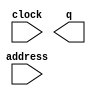
// megafunction wizard: %ROM: 1-PORT%VBB%
// GENERATION: STANDARD
// VERSION: WM1.0
// MODULE: altsyncram 

// ============================================================
// Megafunction Name(s):
// 			altsyncram
//
// Simulation Library Files(s):
// 			altera_mf
// ============================================================
// ************************************************************
// THIS IS A WIZARD-GENERATED FILE. DO NOT EDIT THIS FILE!
//
// 17.0.0 Build 595 04/25/2017 SJ Lite Edition
// ************************************************************

//Copyright (C) 2017  Intel Corporation. All rights reserved.
//Your use of Intel Corporation's design tools, logic functions 
//and other software and tools, and its AMPP partner logic 
//functions, and any output files from any of the foregoing 
//(including device programming or simulation files), and any 
//associated documentation or information are expressly subject 
//to the terms and conditions of the Intel Program License 
//Subscription Agreement, the Intel Quartus Prime License Agreement,
//the Intel MegaCore Function License Agreement, or other 
//applicable license agreement, including, without limitation, 
//that your use is for the sole purpose of programming logic 
//devices manufactured by Intel and sold by Intel or its 
//authorized distributors.  Please refer to the applicable 
//agreement for further details.

module ROM_640x480_No3_1channel (
	address,
	clock,
	q);

	input	[8:0]  address;
	input	  clock;
	output	[639:0]  q;
`ifndef ALTERA_RESERVED_QIS
// synopsys translate_off
`endif
	tri1	  clock;
`ifndef ALTERA_RESERVED_QIS
// synopsys translate_on
`endif

endmodule

// ============================================================
// CNX file retrieval info
// ============================================================
// Retrieval info: PRIVATE: ADDRESSSTALL_A NUMERIC "0"
// Retrieval info: PRIVATE: AclrAddr NUMERIC "0"
// Retrieval info: PRIVATE: AclrByte NUMERIC "0"
// Retrieval info: PRIVATE: AclrOutput NUMERIC "0"
// Retrieval info: PRIVATE: BYTE_ENABLE NUMERIC "0"
// Retrieval info: PRIVATE: BYTE_SIZE NUMERIC "8"
// Retrieval info: PRIVATE: BlankMemory NUMERIC "0"
// Retrieval info: PRIVATE: CLOCK_ENABLE_INPUT_A NUMERIC "0"
// Retrieval info: PRIVATE: CLOCK_ENABLE_OUTPUT_A NUMERIC "0"
// Retrieval info: PRIVATE: Clken NUMERIC "0"
// Retrieval info: PRIVATE: IMPLEMENT_IN_LES NUMERIC "0"
// Retrieval info: PRIVATE: INIT_FILE_LAYOUT STRING "PORT_A"
// Retrieval info: PRIVATE: INIT_TO_SIM_X NUMERIC "0"
// Retrieval info: PRIVATE: INTENDED_DEVICE_FAMILY STRING "Cyclone V"
// Retrieval info: PRIVATE: JTAG_ENABLED NUMERIC "0"
// Retrieval info: PRIVATE: JTAG_ID STRING "NONE"
// Retrieval info: PRIVATE: MAXIMUM_DEPTH NUMERIC "0"
// Retrieval info: PRIVATE: MIFfilename STRING "number3.mif"
// Retrieval info: PRIVATE: NUMWORDS_A NUMERIC "480"
// Retrieval info: PRIVATE: RAM_BLOCK_TYPE NUMERIC "2"
// Retrieval info: PRIVATE: RegAddr NUMERIC "1"
// Retrieval info: PRIVATE: RegOutput NUMERIC "1"
// Retrieval info: PRIVATE: SYNTH_WRAPPER_GEN_POSTFIX STRING "0"
// Retrieval info: PRIVATE: SingleClock NUMERIC "1"
// Retrieval info: PRIVATE: UseDQRAM NUMERIC "0"
// Retrieval info: PRIVATE: WidthAddr NUMERIC "9"
// Retrieval info: PRIVATE: WidthData NUMERIC "640"
// Retrieval info: PRIVATE: rden NUMERIC "0"
// Retrieval info: LIBRARY: altera_mf altera_mf.altera_mf_components.all
// Retrieval info: CONSTANT: ADDRESS_ACLR_A STRING "NONE"
// Retrieval info: CONSTANT: CLOCK_ENABLE_INPUT_A STRING "BYPASS"
// Retrieval info: CONSTANT: CLOCK_ENABLE_OUTPUT_A STRING "BYPASS"
// Retrieval info: CONSTANT: INIT_FILE STRING "number3.mif"
// Retrieval info: CONSTANT: INTENDED_DEVICE_FAMILY STRING "Cyclone V"
// Retrieval info: CONSTANT: LPM_HINT STRING "ENABLE_RUNTIME_MOD=NO"
// Retrieval info: CONSTANT: LPM_TYPE STRING "altsyncram"
// Retrieval info: CONSTANT: NUMWORDS_A NUMERIC "480"
// Retrieval info: CONSTANT: OPERATION_MODE STRING "ROM"
// Retrieval info: CONSTANT: OUTDATA_ACLR_A STRING "NONE"
// Retrieval info: CONSTANT: OUTDATA_REG_A STRING "CLOCK0"
// Retrieval info: CONSTANT: RAM_BLOCK_TYPE STRING "M10K"
// Retrieval info: CONSTANT: WIDTHAD_A NUMERIC "9"
// Retrieval info: CONSTANT: WIDTH_A NUMERIC "640"
// Retrieval info: CONSTANT: WIDTH_BYTEENA_A NUMERIC "1"
// Retrieval info: USED_PORT: address 0 0 9 0 INPUT NODEFVAL "address[8..0]"
// Retrieval info: USED_PORT: clock 0 0 0 0 INPUT VCC "clock"
// Retrieval info: USED_PORT: q 0 0 640 0 OUTPUT NODEFVAL "q[639..0]"
// Retrieval info: CONNECT: @address_a 0 0 9 0 address 0 0 9 0
// Retrieval info: CONNECT: @clock0 0 0 0 0 clock 0 0 0 0
// Retrieval info: CONNECT: q 0 0 640 0 @q_a 0 0 640 0
// Retrieval info: GEN_FILE: TYPE_NORMAL ROM_640x480_No3_1channel.v TRUE
// Retrieval info: GEN_FILE: TYPE_NORMAL ROM_640x480_No3_1channel.inc FALSE
// Retrieval info: GEN_FILE: TYPE_NORMAL ROM_640x480_No3_1channel.cmp FALSE
// Retrieval info: GEN_FILE: TYPE_NORMAL ROM_640x480_No3_1channel.bsf FALSE
// Retrieval info: GEN_FILE: TYPE_NORMAL ROM_640x480_No3_1channel_inst.v FALSE
// Retrieval info: GEN_FILE: TYPE_NORMAL ROM_640x480_No3_1channel_bb.v TRUE
// Retrieval info: LIB_FILE: altera_mf